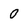
Character: 0